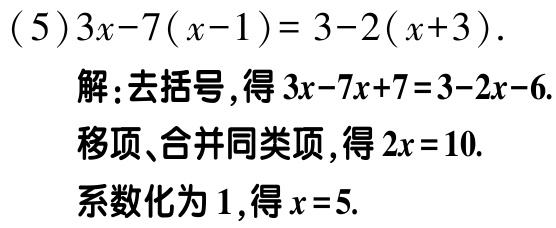
\((5)3x - 7(x - 1)=3 - 2(x + 3).\)

解：去括号，得\(3x - 7x + 7 = 3 - 2x - 6.\)

移项、合并同类项，得\(2x = 10.\)

系数化为\(1\)，得\(x = 5.\)